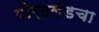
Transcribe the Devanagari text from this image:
पोर्टलंडचा